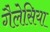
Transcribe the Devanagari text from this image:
गैलेसिया